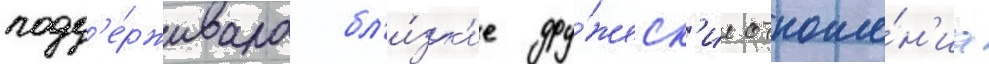
подд'е́рживала бл'и́зк'ие дру́жеск'ие отноше́н'иа